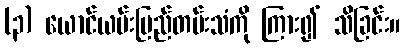
(၃) ယောင်ယမ်းမြည်တမ်းသံကို ကြား၍ သိခြင်း။